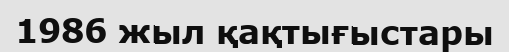
1986 жыл қақтығыстары